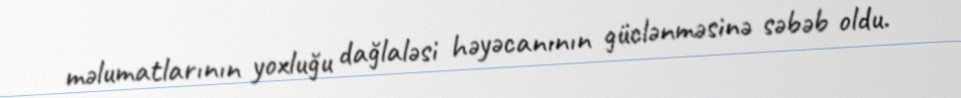
məlumatlarının yoxluğu dağlaləsi həyəcanının güclənməsinə səbəb oldu.